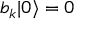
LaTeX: b _ { k } | 0 \rangle = 0